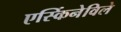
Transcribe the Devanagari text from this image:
एर्स्किनेविले